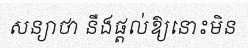
សន្យាថា នឹងផ្តល់ឱ្យនោះមិន